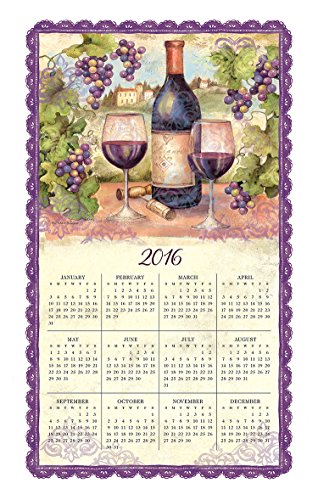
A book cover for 2016 Wine Country Calendar Towel; Willow Creek Press; Calendars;